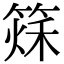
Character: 𥰂